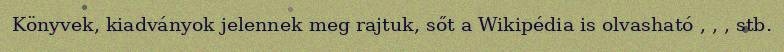
Könyvek, kiadványok jelennek meg rajtuk, sőt a Wikipédia is olvasható , , , stb.